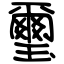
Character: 璽